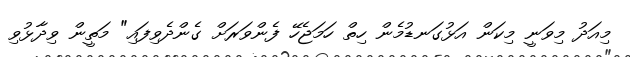
މިއަދު މިވަނީ މިކަން އަޅުގަނޑުމެން ހިތް ހަމަޖެހޭ ފެންވަރަށް ގެންދެވިފައި" މަތީން ވިދާޅުވި